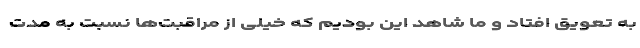
به تعویق افتاد و ما شاهد این بودیم که خیلی از مراقبت‌ها نسبت به مدت